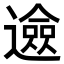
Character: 𨗦